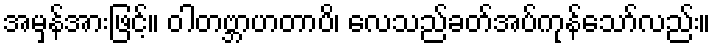
အမှန်အားဖြင့်။ ဝါတဗ္ဘာဟတာပိ၊ လေသည်ခတ်အပ်ကုန်သော်လည်း။